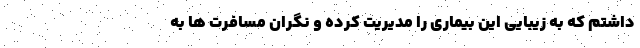
داشتم که به زیبایی این بیماری را مدیریت کرده و نگران مسافرت ها به